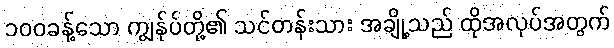
၁၀၀ခန့်သော ကျွန်ုပ်တို့၏ သင်တန်းသား အချို့သည် ထိုအလုပ်အတွက်